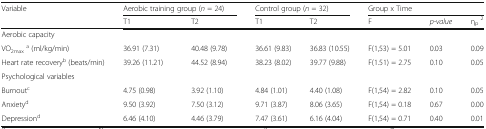
<table><thead><tr><td rowspan="2"><b>Variable</b></td><td colspan="2"><b>Aerobic training group (<i>n</i> = 24)</b></td><td colspan="2"><b>Control group (<i>n</i> = 32)</b></td><td colspan="3"><b>Group x Time</b></td></tr><tr><td><b>T1</b></td><td><b>T2</b></td><td><b>T1</b></td><td><b>T2</b></td><td><b>F</b></td><td><b><i>p-value</i></b></td><td><b>η<sub>p</sub><sup>2</sup></b></td></tr></thead><tbody><tr><td colspan="8">Aerobic capacity</td></tr><tr><td>VO<sub>2max</sub><sup>a</sup> (ml/kg/min)</td><td>36.91 (7.31)</td><td>40.48 (9.78)</td><td>36.61 (9.83)</td><td>36.83 (10.55)</td><td>F(1,53) = 5.01</td><td>0.03</td><td>0.09</td></tr><tr><td>Heart rate recovery<sup>b</sup> (beats/min)</td><td>39.26 (11.21)</td><td>44.52 (8.94)</td><td>38.23 (8.02)</td><td>39.77 (9.88)</td><td>F(1.51) = 2.75</td><td>0.10</td><td>0.05</td></tr><tr><td colspan="8">Psychological variables</td></tr><tr><td>Burnout<sup>c</sup></td><td>4.75 (0.98)</td><td>3.92 (1.10)</td><td>4.84 (1.01)</td><td>4.40 (1.08)</td><td>F(1,54) = 2.82</td><td>0.10</td><td>0.05</td></tr><tr><td>Anxiety<sup>d</sup></td><td>9.50 (3.92)</td><td>7.50 (3.12)</td><td>9.71 (3.87)</td><td>8.06 (3.65)</td><td>F(1,54) = 0.18</td><td>0.67</td><td>0.00</td></tr><tr><td>Depression<sup>d</sup></td><td>6.46 (4.10)</td><td>4.46 (3.79)</td><td>7.47 (3.61)</td><td>6.16 (4.04)</td><td>F(1,54) = 0.71</td><td>0.40</td><td>0.01</td></tr></tbody></table>